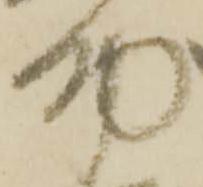
助